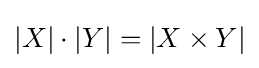
|X|\cdot |Y|=|X\times Y|